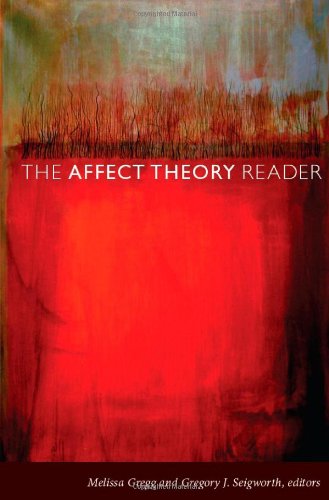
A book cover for The Affect Theory Reader; Literature & Fiction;